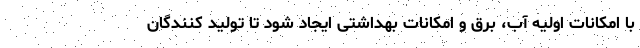
با امکانات اولیه آب، برق و امکانات بهداشتی ایجاد شود تا تولید کنندگان